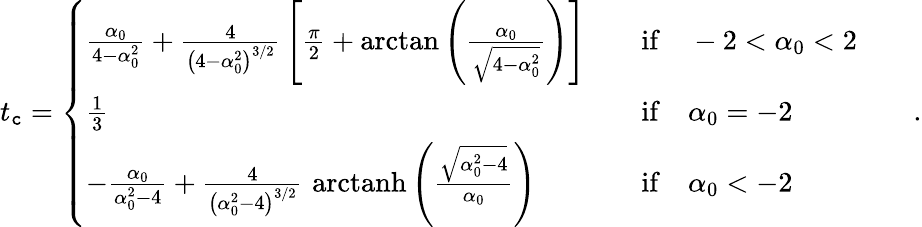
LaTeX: t_{\mathtt{c}}=\left\{ \begin{array}{lll}{\frac{\alpha_{0}}{4-\alpha_{0}^{2}}+\frac{4}{\left(4-\alpha_{0}^{2}\right)^{3/2}}\, \left[\frac{\pi}{2}+\arctan\left(\frac{\alpha_{0}}{\sqrt{4-\alpha_{0}^{2}}}\right)\right]}&&{\mathrm{if}\quad-2<\alpha_{0}<2}\\ {\frac{1}{3}}&&{\mathrm{if}\quad\alpha_{0}=-2}\\ {-\frac{\alpha_{0}}{\alpha_{0}^{2}-4}+\frac{4}{\left(\alpha_{0}^{2}-4\right)^{3/2}}\, \, \mathrm{arctanh}\left(\frac{\sqrt{\alpha_{0}^{2}-4}}{\alpha_{0}}\right)}&&{\mathrm{if}\quad\alpha_{0}<-2}\end{array}\right.\qquad.